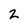
Character: 2